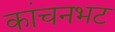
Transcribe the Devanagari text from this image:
कांचनभट